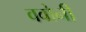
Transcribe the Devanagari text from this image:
ववोनी